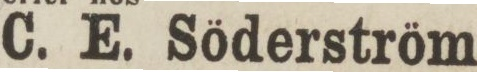
C. E. Söderström.